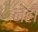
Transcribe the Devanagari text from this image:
नेहो